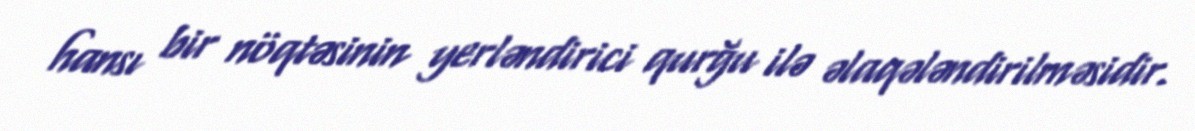
hansı bir nöqtəsinin yerləndirici qurğu ilə əlaqələndirilməsidir.